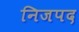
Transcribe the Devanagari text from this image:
निजपद